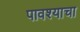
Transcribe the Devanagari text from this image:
पावश्याचा